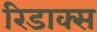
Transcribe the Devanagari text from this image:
रिडाक्स